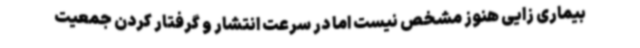
بیماری زایی هنوز مشخص نیست اما در سرعت انتشار و گرفتار کردن جمعیت